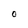
Character: O